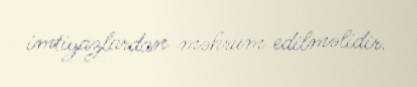
imtiyazlardan məhrum edilməlidir.